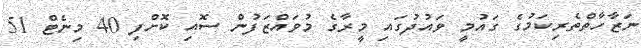
ނަޒާހާތްތެރިކަމުގެ ގައުމީ ވައުދުގައި މީރާގެ މުވައްޒަފުން ސޮއި ކޮށްފި 40 މިނެޓް 51